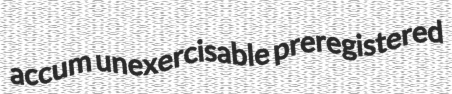
accum unexercisable preregistered